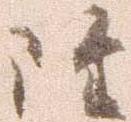
雖